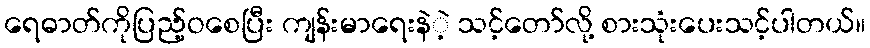
ရေဓာတ်ကိုပြည့်ဝစေပြီး ကျန်းမာရေးနဲဲ့ သင့်တော်လို့ စားသုံးပေးသင့်ပါတယ်။